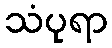
သံပုရာ